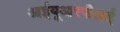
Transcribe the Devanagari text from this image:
आईयूआरपीआई